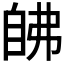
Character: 𰯵